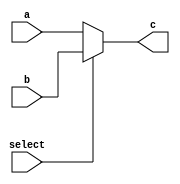
`timescale 1ns / 1ps
//////////////////////////////////////////////////////////////////////////////////
// Company: 
// Engineer: 
// 
// Design Name: 
// Module Name:    MUX21_32 
// Project Name: 
// Target Devices: 
// Tool versions: 
// Description: 
//
// Dependencies: 
//
// Revision: 
// Revision 0.01 - File Created
// Additional Comments: 
//
//////////////////////////////////////////////////////////////////////////////////
module MUX21_32(input [31:0] a, input [31:0] b, input select, output reg [31:0] c);

	always@(*)
	begin
	if(!select)
	begin
	c = a;
	end
	else 
	begin
	c =b;
	end
	end
 
endmodule